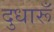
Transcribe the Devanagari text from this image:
दुधारूँ